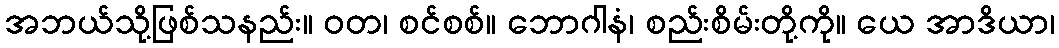
အဘယ်သို့ဖြစ်သနည်း။ ဝတ၊ စင်စစ်။ ဘောဂါနံ၊ စည်းစိမ်းတို့ကို။ ယေ အာဒိယာ၊